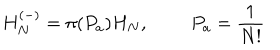
LaTeX: H _ { N } ^ { \left( - \right) } = \pi ( P _ { a } ) H _ { N } , \qquad ~ P _ { a } = \frac { 1 } { N ! }